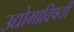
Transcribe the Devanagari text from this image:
उद्योगाविषयी